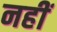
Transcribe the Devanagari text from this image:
नहीं